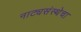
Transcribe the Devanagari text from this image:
नाट्यसंस्थेचा